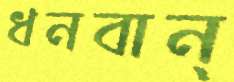
ধনবান্‌